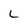
Character: L